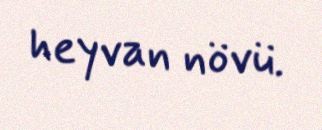
heyvan növü.